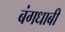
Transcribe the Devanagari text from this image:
बंगधाबी